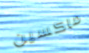
ماكسين